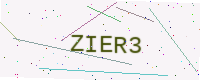
Text: ZIER3